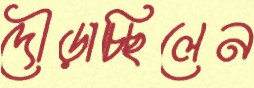
দৌড়াচ্ছিলেন